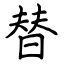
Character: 替